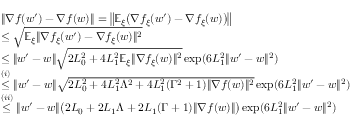
\begin{array} { r l } & { \| \nabla f ( w ^ { \prime } ) - \nabla f ( w ) \| = \big \| \mathbb { E } _ { \xi } \big ( \nabla f _ { \xi } ( w ^ { \prime } ) - \nabla f _ { \xi } ( w ) \big ) \big \| } \\ & { \le \sqrt { \mathbb { E } _ { \xi } \| \nabla f _ { \xi } ( w ^ { \prime } ) - \nabla f _ { \xi } ( w ) \| ^ { 2 } } } \\ & { \le \| w ^ { \prime } - w \| \sqrt { 2 L _ { 0 } ^ { 2 } + 4 L _ { 1 } ^ { 2 } \mathbb { E } _ { \xi } \| \nabla f _ { \xi } ( w ) \| ^ { 2 } } \exp ( 6 L _ { 1 } ^ { 2 } \| w ^ { \prime } - w \| ^ { 2 } ) } \\ & { \overset { ( i ) } { \le } \| w ^ { \prime } - w \| \sqrt { 2 L _ { 0 } ^ { 2 } + 4 L _ { 1 } ^ { 2 } \Lambda ^ { 2 } + 4 L _ { 1 } ^ { 2 } ( \Gamma ^ { 2 } + 1 ) \| \nabla f ( w ) \| ^ { 2 } } \exp ( 6 L _ { 1 } ^ { 2 } \| w ^ { \prime } - w \| ^ { 2 } ) } \\ & { \overset { ( i i ) } { \le } \| w ^ { \prime } - w \| \big ( 2 L _ { 0 } + 2 L _ { 1 } \Lambda + 2 L _ { 1 } ( \Gamma + 1 ) \| \nabla f ( w ) \| \big ) \exp ( 6 L _ { 1 } ^ { 2 } \| w ^ { \prime } - w \| ^ { 2 } ) } \end{array}